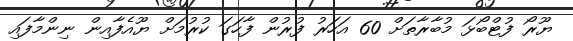
ޔޫރޯ ފުޓްބޯޅަ މުބާރާތަށް 60 އަހަރު ފުރުން ފާހަގަ ކުރުމަށް ޔޫއެފާއިން ނިންމާފައި